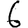
Digit: 6